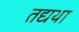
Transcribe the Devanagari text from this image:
तद्यथा